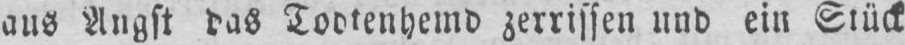
zerrissen und ein Stück